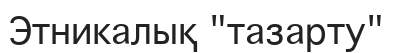
Этникалық "тазарту"